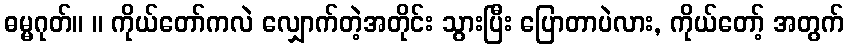
ဓမ္မဂုတ်။ ။ ကိုယ်တော်ကလဲ လျှောက်တဲ့အတိုင်း သွားပြီး ပြောတာပဲလား, ကိုယ်တော့် အတွက်